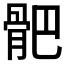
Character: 𩨜